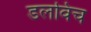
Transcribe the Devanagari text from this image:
डलविच